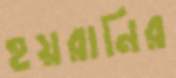
হয়রানির